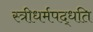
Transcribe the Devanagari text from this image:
स्त्रीधर्मपद्धति